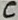
Text: C